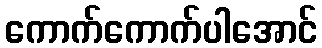
ကောက်ကောက်ပါအောင်